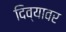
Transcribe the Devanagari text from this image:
दिव्यावर